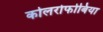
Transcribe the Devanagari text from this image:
कोलरोफोबिया